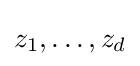
z_{1},\ldots ,z_{d}